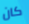
كان